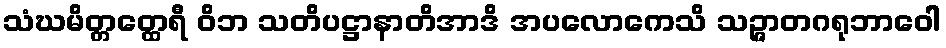
သံဃမိတ္တတ္ထေရီ ဝိဘ သတိပဋ္ဌာနာတိအာဒိ အပလောကေသိ သဉ္ဇာတဂရုဘာဝေါ